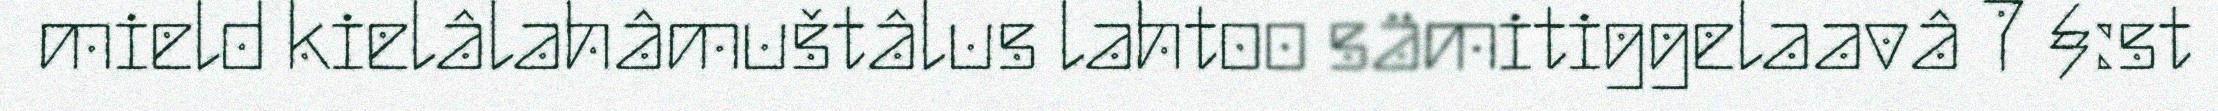
mield kielâlahâmuštâlus lahtoo sämitiggelaavâ 7 §:st